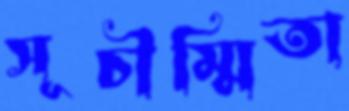
সূচীম্মিতা